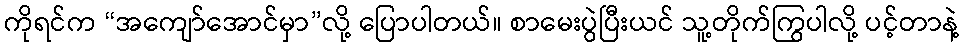
ကိုရင်က “အကျော်အောင်မှာ”လို့ ပြောပါတယ်။ စာမေးပွဲပြီးယင် သူ့တိုက်ကြွပါလို့ ပင့်တာနဲ့